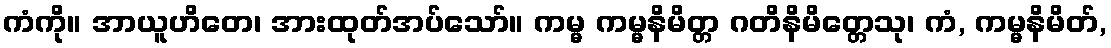
ကံကို။ အာယူဟိတေ၊ အားထုတ်အပ်သော်။ ကမ္မ ကမ္မနိမိတ္တ ဂတိနိမိတ္တေသု၊ ကံ, ကမ္မနိမိတ်,